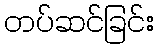
တပ်ဆင်ခြင်း